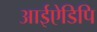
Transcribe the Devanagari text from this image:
आईऐडिपि